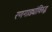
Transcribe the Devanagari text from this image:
रणगाड्यांविरुद्ध